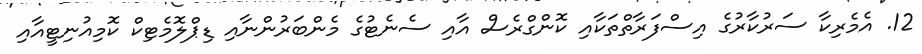
12. އެމެރިކާ ސަރުކާރުގެ އިސްފަރާތްތަކާއި ކޮންގްރެސް އާއި ސެނެޓުގެ މެންބަރުންނާއި ޑިޕްލޮމެޓިކް ކޮމިއުނިޓީއާއި